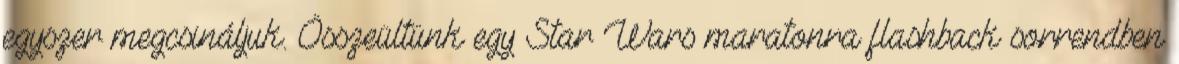
egyszer megcsináljuk. Összeültünk egy Star Wars maratonra flashback sorrendben